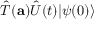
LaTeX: { \hat { T } } ( \mathbf { a } ) { \hat { U } } ( t ) | \psi ( 0 ) \rangle